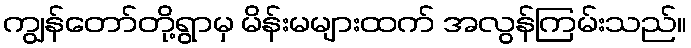
ကျွန်တော်တို့ရွာမှ မိန်းမများထက် အလွန်ကြမ်းသည်။